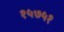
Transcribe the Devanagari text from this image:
१५७५१